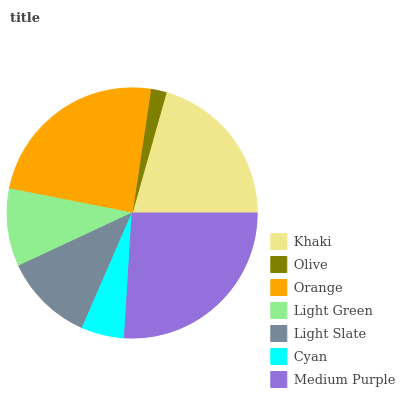
| Khaki | Olive | Orange | Light Green | Light Slate | Cyan | Medium Purple |
 | --- | --- | --- | --- | --- | --- | --- |
 | 20.7% | 2.02% | 24.2% | 10% | 11.5% | 5.54% | 26% |